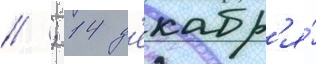
// ; 14 д'екабр'я́